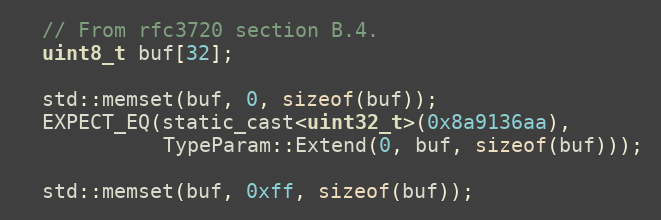
Language: C
  // From rfc3720 section B.4.
  uint8_t buf[32];

  std::memset(buf, 0, sizeof(buf));
  EXPECT_EQ(static_cast<uint32_t>(0x8a9136aa),
            TypeParam::Extend(0, buf, sizeof(buf)));

  std::memset(buf, 0xff, sizeof(buf));